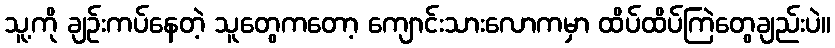
သူ့ကို ချဉ်းကပ်နေတဲ့ သူတွေကတော့ ကျောင်းသားလောကမှာ ထိပ်ထိပ်ကြဲတွေချည်းပဲ။